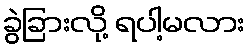
ခွဲခြားလို့ ရပါ့မလား